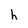
Character: h